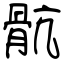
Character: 骯